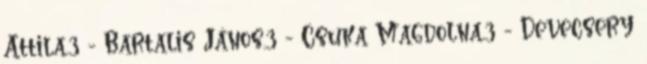
Attila,3 - Bartalis János,3 - Csuka Magdolna,3 - Devecsery